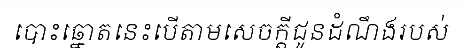
បោះឆ្នោតនេះបើតាមសេចក្តីជូនដំណឹងរបស់